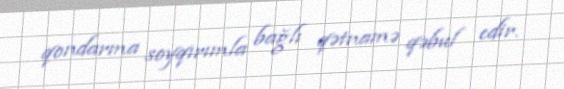
qondarma soyqırımla bağlı qətnamə qəbul edir.